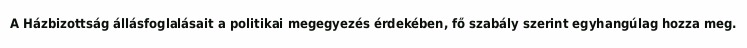
A Házbizottság állásfoglalásait a politikai megegyezés érdekében, fő szabály szerint egyhangúlag hozza meg.